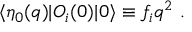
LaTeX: \langle \eta _ { 0 } ( q ) | O _ { i } ( 0 ) | 0 \rangle \equiv f _ { i } q ^ { 2 } \ .